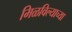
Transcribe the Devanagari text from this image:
मिळविल्याच्या